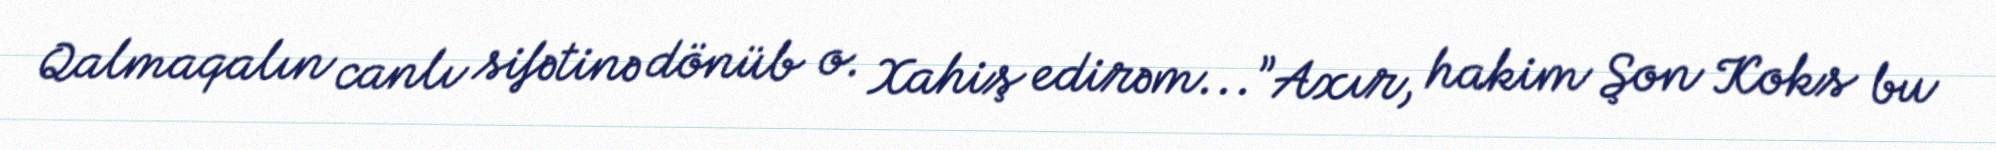
Qalmaqalın canlı sifətinə dönüb o. Xahiş edirəm...”Axır, hakim Şon Koks bu